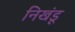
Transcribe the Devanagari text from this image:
निखंडू